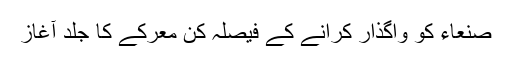
صنعاء کو واگذار کرانے کے فیصلہ کن معرکے کا جلد آغاز